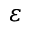
\varepsilon